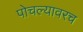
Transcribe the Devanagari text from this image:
पोचल्यावरच